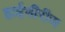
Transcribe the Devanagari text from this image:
हाईसीरीज